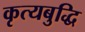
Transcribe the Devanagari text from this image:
कृत्यबुद्धि